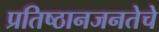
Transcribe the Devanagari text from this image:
प्रतिष्ठानजनतेचे